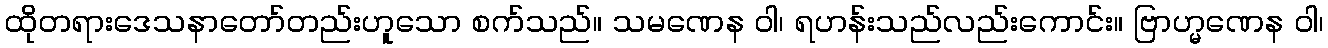
ထိုတရားဒေသနာတော်တည်းဟူသော စက်သည်။ သမဏေန ဝါ၊ ရဟန်းသည်လည်းကောင်း။ ဗြာဟ္မဏေန ဝါ၊